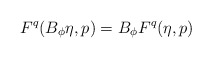
\begin{align*}F^q(B_\phi\eta,p) = B_\phi F^q(\eta,p)\end{align*}